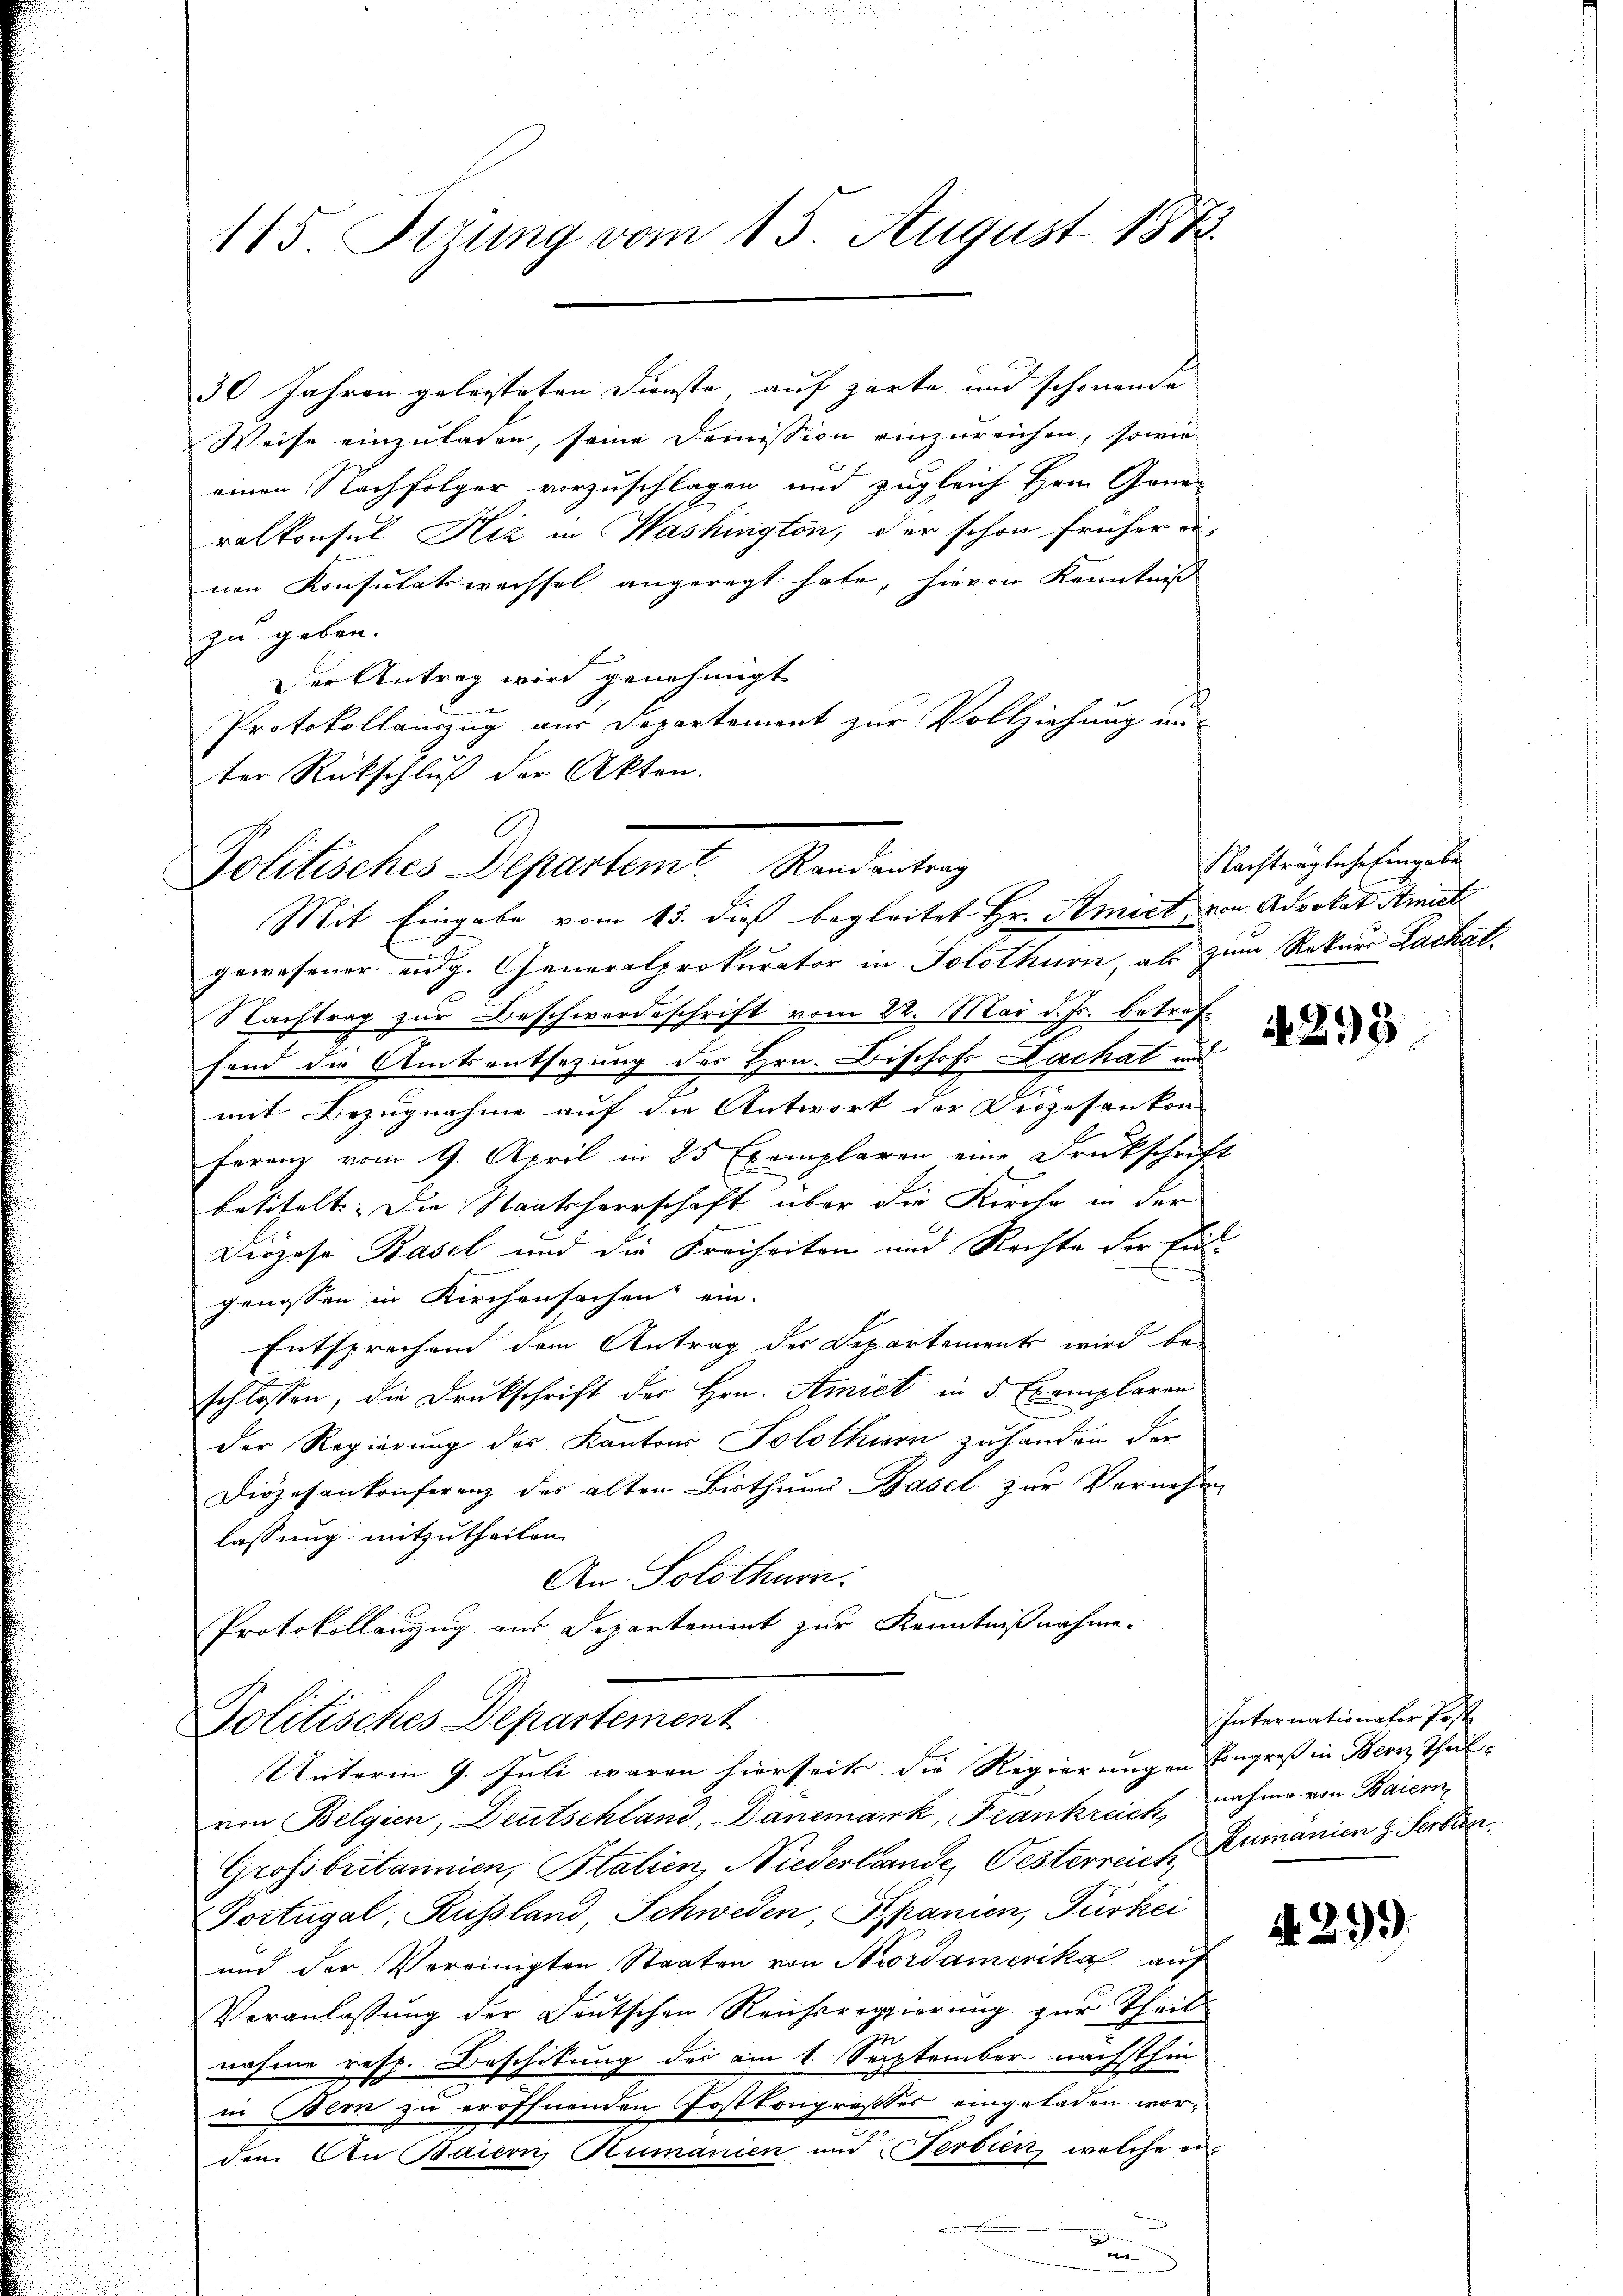
115. Sizung vom 13. August 1875.

30 Jahren geleisteten Dienste auf zarte und schönende
Weise einzuladen, seine Demission einzureichen, sowie
einen Nachfolger vorzuschlagen und zugleich Hrn. Genan
ralkonsul Hiz in Washington, der schon früher einen Konsulatswechsel angeregt habe, hievon Kenntniß
zu geben.
Der Antrag wird genehmigt.
Protokollauszug aus Departement zur Vollziehung un
ter Rückschluß der Akten.
gewesener eidg. Generalprokurator in Solothurn, als zum Rekurs Lackal¬
Nachtrag zur Beschwerdeschrift vom 22. Mai d. Js. betreffend die Amtsentsezung des Hrn. Bischof Lachat und
mit Bezugnahme auf die Antwort der Diözesenkon
ferenz vom 9. April in 25 Exemplaren eine Druckschrif-
betitelt. Die Staatsherrschaft über die Kirche in der
Diözese Basel und die Freiheiten und Rechte der Eid-
genossen in Kirchensachen ein
Entsprechen dem Antrag der Departements wird bei
schlossen, die Drukschrift der Hrn. Amiet in 5 Exemplaren
n
der Regierung des Kantons Solothurn zuhanden der
Diözesenkonferenz des alten Bisthums Basel zur Vernehm
lassung mitzutheilen.
An. Solothurn.
Protokollanzug aus Departement zur Kenntnißnahme.
Politisches Departement
Unterm 9. Juli waren hierseits die Regierungen Eingreß in Bern Theilvon Belgien, Deutschland, Danemark, Frankreich, nahme von Baiern
Grossbritannien, Italien, Niederlande, Oesterreich Kumänien z. Ferdien
Dortugal, Russland, Schweden, Spanien, Türkei
und der Vereinigten Staaten von Mordamerika auf
Veranlassung der Deutschen Reichsregierung zur Theilnahme resp. Beschikung des am 1. September nächsthin
in Bern zu eröffnenden Postkongrosses eingeladen worden An Baiern Rumanien und Ferdien, welche ei

Politisches Departemt. Randantrag
Mit Eingabe vom 13. dieß begleitet Hr. Strict, von Advokat Amiet

e
ei

Nachträgliche Eingabe

4295

Internationaler Post

A.299)